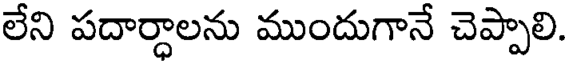
లేని పదార్ధాలను ముందుగానే చెప్పాలి.